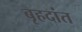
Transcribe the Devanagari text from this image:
बृहदांत